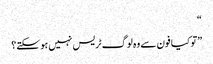
“
”تو کیا فون سے وہ لوگ ٹریس نہیں ہو سکتے؟